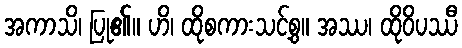
အကာသိ၊ ပြု၏။ ဟိ၊ ထိုစကားသင့်စွ။ အဿ၊ ထိုဝိပဿီ